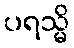
ပရသ္မိ